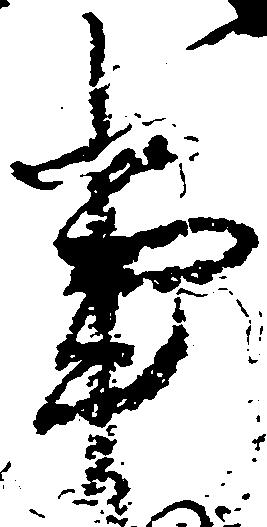
事